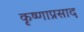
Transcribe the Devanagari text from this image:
कृष्णाप्रसाद